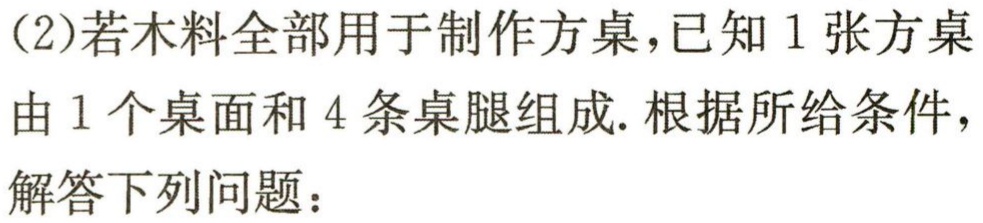
(2)若木料全部用于制作方桌，已知1张方桌

由1个桌面和4条桌腿组成. 根据所给条件，

解答下列问题：